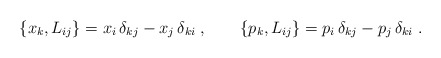
\begin{align*}\{ x_k, L_{ij} \} = x_i\,\delta_{kj} - x_j\,\delta_{ki}\;,\qquad\{ p_k, L_{ij} \} = p_i\,\delta_{kj} - p_j\,\delta_{ki}\;.\end{align*}